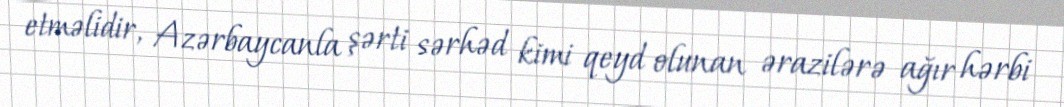
etməlidir, Azərbaycanla şərti sərhəd kimi qeyd olunan ərazilərə ağır hərbi